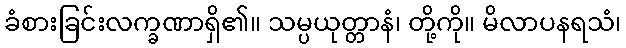
ခံစားခြင်းလက္ခဏာရှိ၏။ သမ္ပယုတ္တာနံ၊ တို့ကို။ မိလာပနရသံ၊